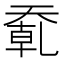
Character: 𰋮